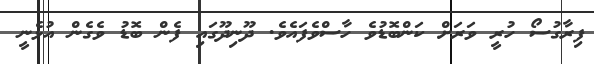
ފިރާގުސޯ ހުރީ ވަރަށް ކަންބޮޑުވެ ހާސްވެފައެވެ. ދޫނިދޫގައި ފެން ބޮޑު ވެގެން އުޅެނީ